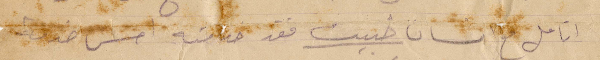
اتامل مع انسان خبيث فقد خدمته امس خدمة